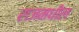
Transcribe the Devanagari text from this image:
राजमधील